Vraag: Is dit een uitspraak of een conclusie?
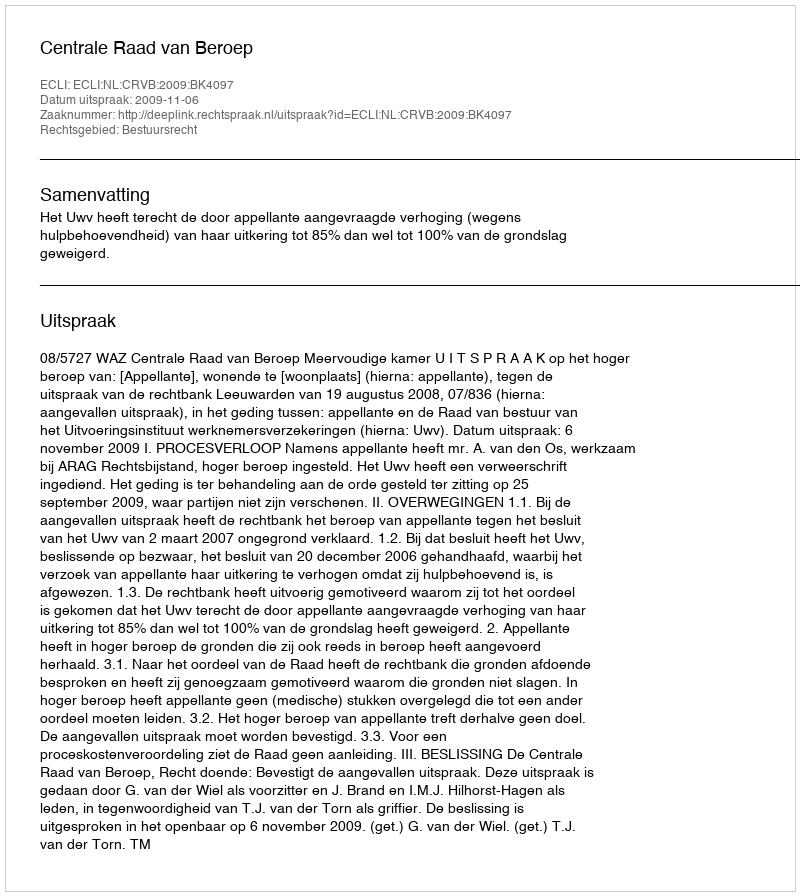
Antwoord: Uitspraak